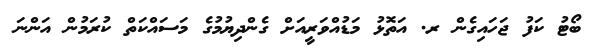
ބޯޓު ކަފު ޖަހައިގެން ރ. އަތޮޅު މަޑުއްވަރީއަށް ގެންދިޔުމުގެ މަސައްކަތް ކުރަމުން އަންނަ